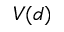
V ( d )